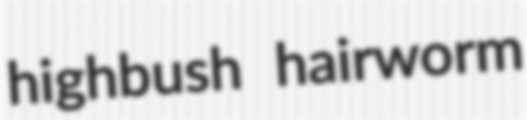
highbush hairworm